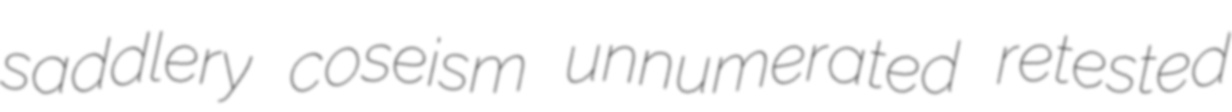
saddlery coseism unnumerated retested